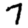
Digit: 7